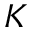
K